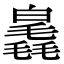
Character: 𣰗